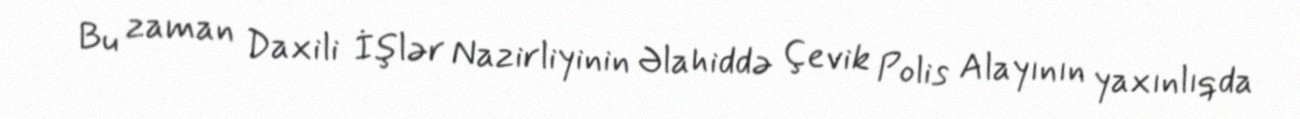
Bu zaman Daxili İşlər Nazirliyinin Əlahiddə Çevik Polis Alayının yaxınlıqda